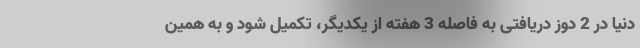
دنیا در 2 دوز دریافتی به فاصله 3 هفته از یکدیگر، تکمیل شود و به همین